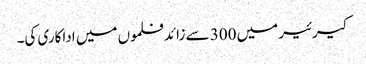
کیرئیر میں 300 سے زائد فلموں میں اداکاری کی۔